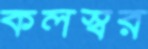
কলস্বর